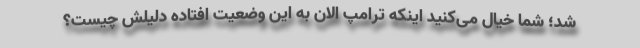
شد؛ شما خیال می‌کنید اینکه ترامپ الان به این وضعیت افتاده دلیلش چیست؟